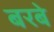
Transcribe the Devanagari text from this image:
बरबे